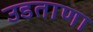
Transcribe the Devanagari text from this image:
उडताणा